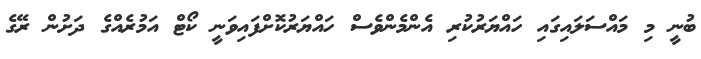
ބުނީ މި މައްސަލައިގައި ހައްޔަރުކުރި އެންމެންވެސް ހައްޔަރުކޮށްފައިވަނީ ކޯޓް އަމުރެއްގެ ދަށުން ރޭގެ